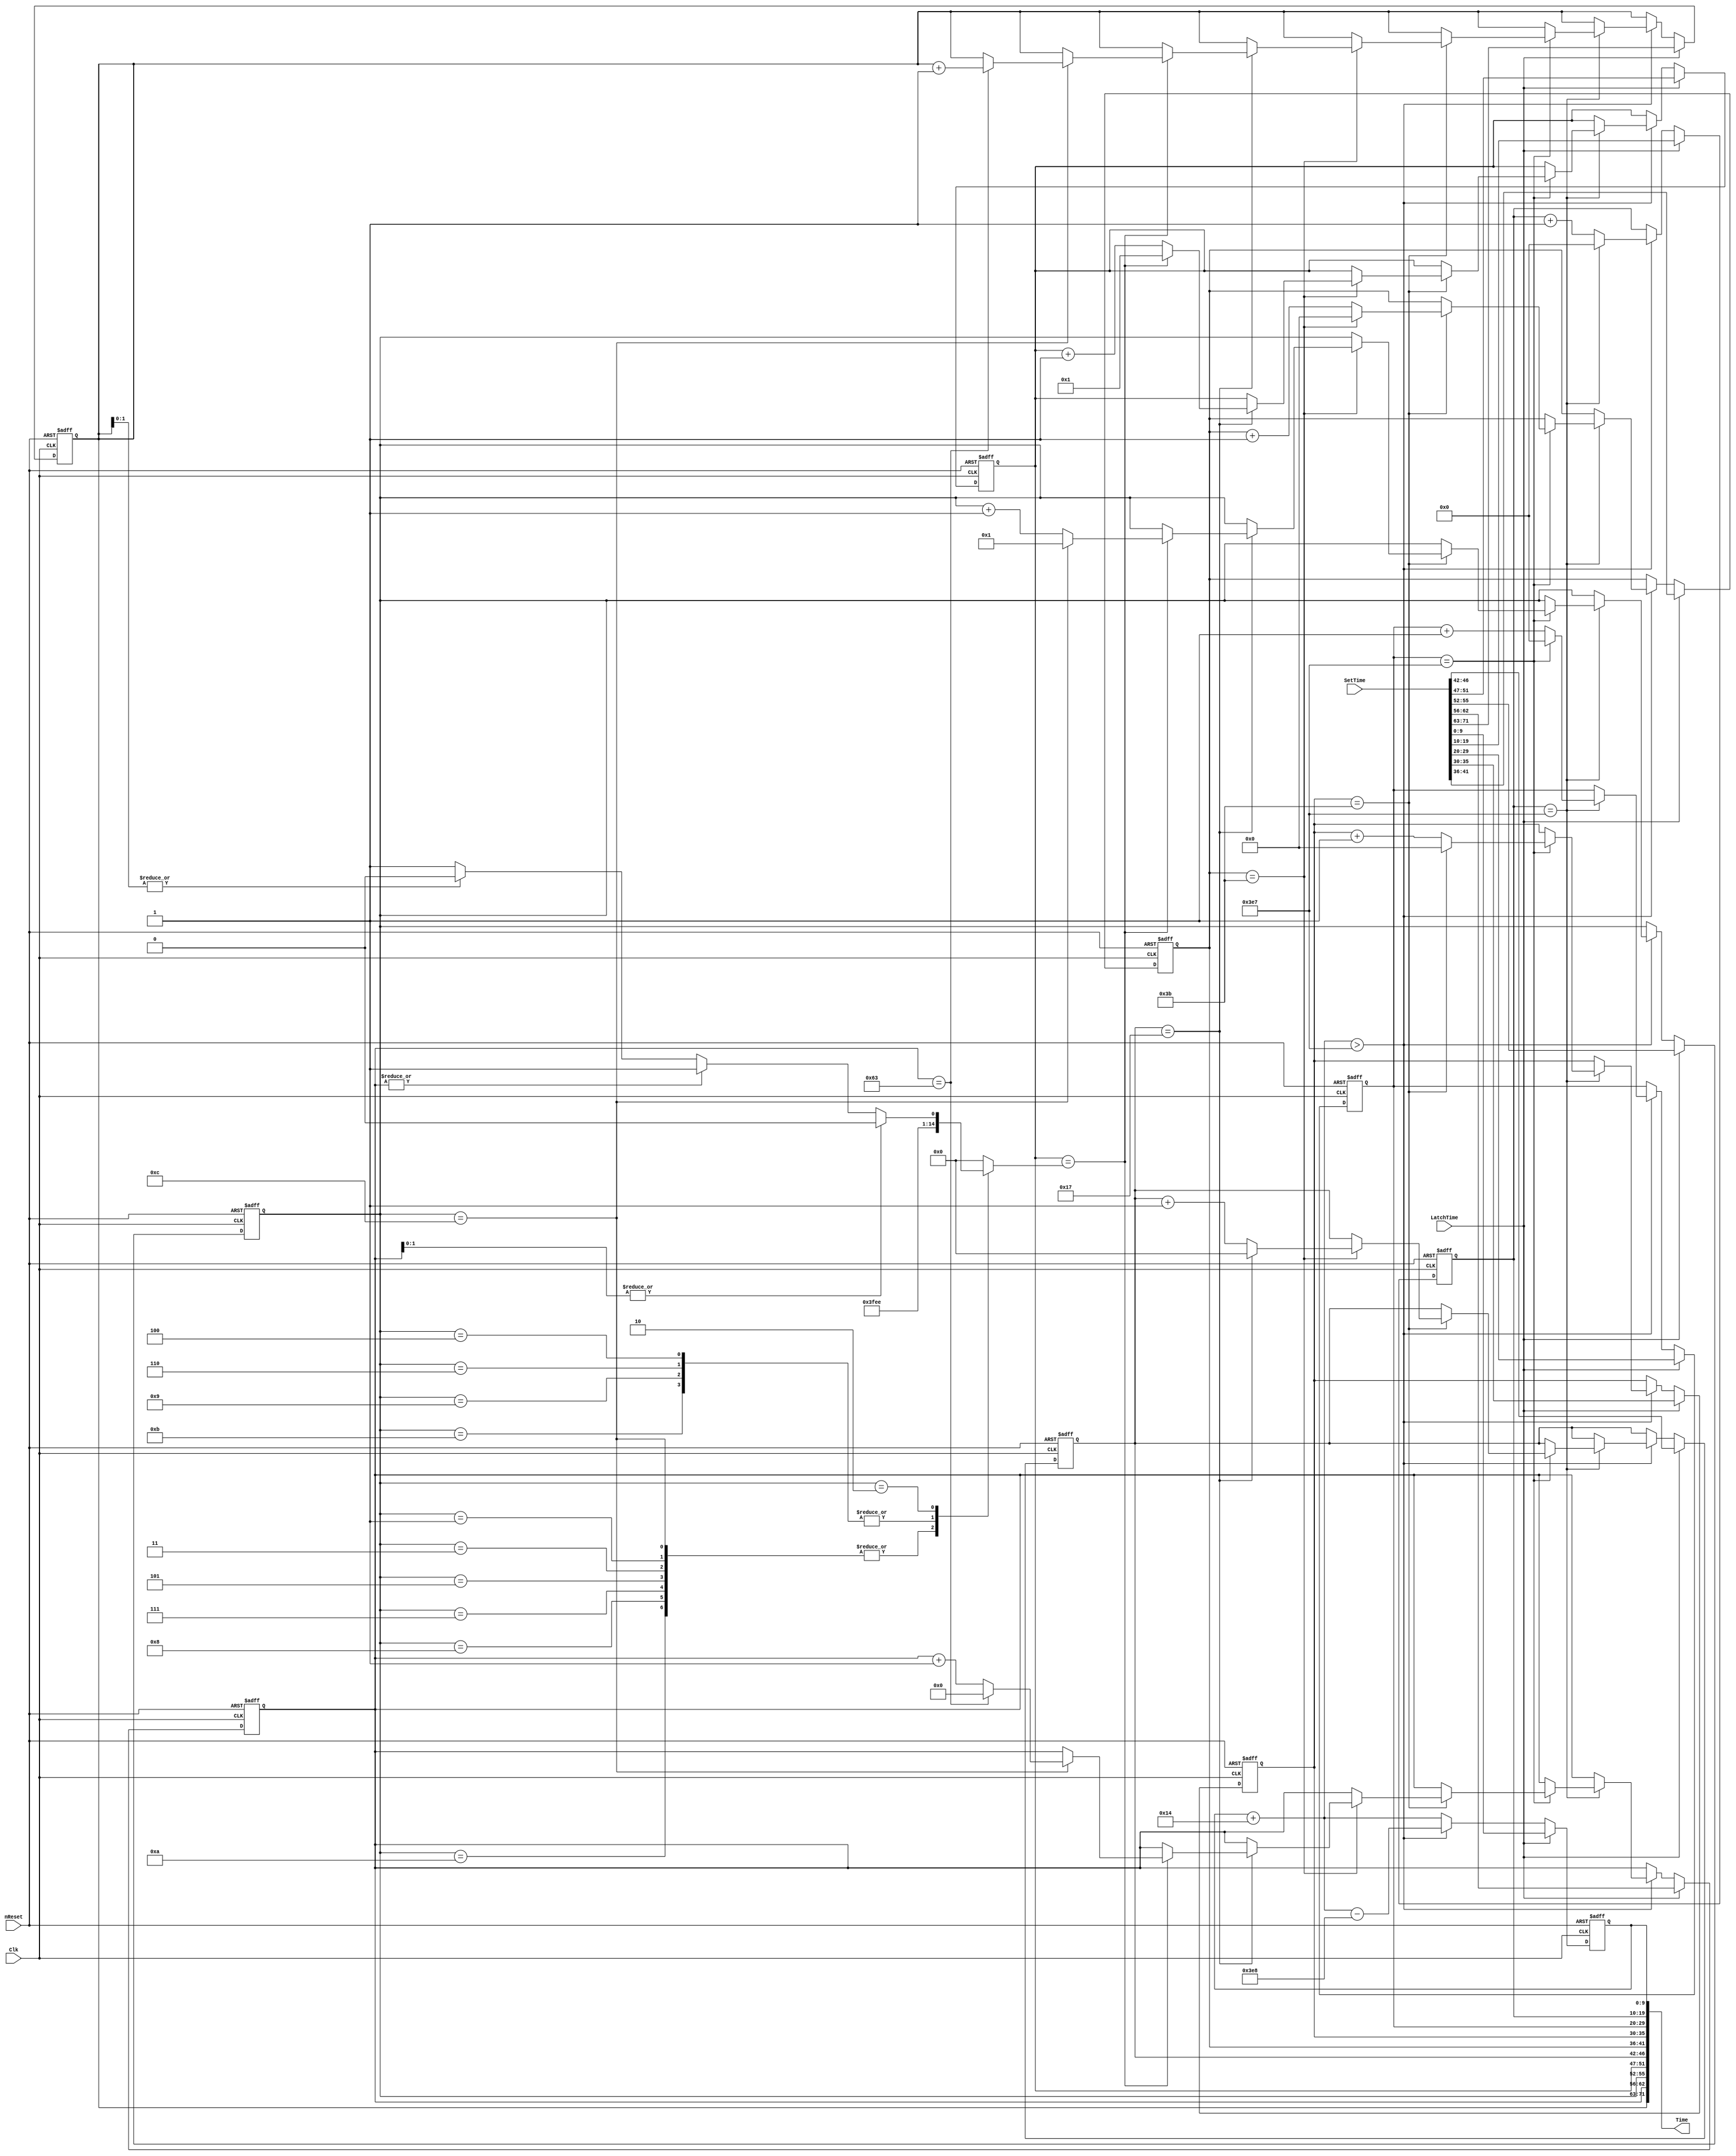
//==============================================================================
// Copyright (C) John-Philip Taylor
// jpt13653903@gmail.com
//
// This file is part of a library
//
// This file is free software: you can redistribute it and/or modify
// it under the terms of the GNU General Public License as published by
// the Free Software Foundation, either version 3 of the License, or
// (at your option) any later version.
// 
// This program is distributed in the hope that it will be useful,
// but WITHOUT ANY WARRANTY; without even the implied warranty of
// MERCHANTABILITY or FITNESS FOR A PARTICULAR PURPOSE.  See the
// GNU General Public License for more details.
// 
// You should have received a copy of the GNU General Public License
// along with this program.  If not, see <http://www.gnu.org/licenses/>
//==============================================================================

module RealTimeClock #(
  parameter inc = 5'd20 // 1/f_Clk * 1e9
)(
  input        nReset,
  input        Clk,
 
  output [71:0]Time, // century|year|month|day|hour|min|sec|ms|us|ns
                     //     9     7    4    5    5   6   6  10 10 10

  input  [71:0]SetTime,
  input        LatchTime
);
//------------------------------------------------------------------------------

  reg  [8:0]century;
  reg  [6:0]year;
  reg  [3:0]month;
  reg  [4:0]day;
  reg  [4:0]hour;
  reg  [5:0]minute;
  reg  [5:0]second;
  reg  [9:0]ms;
  reg  [9:0]us;
  reg  [9:0]ns;
//------------------------------------------------------------------------------

  wire [ 9:0]ns1;
 
  assign ns1 = ns + inc;
//------------------------------------------------------------------------------

  reg [4:0]DaysPerMonth;
 
  always @(month, year, century) begin
    case(month)
      4'd01,
      4'd03,
      4'd05,
      4'd07,
      4'd08,
      4'd10,
      4'd12: DaysPerMonth <= 5'd31;
   
      4'd04,
      4'd06,
      4'd09,
      4'd11: DaysPerMonth <= 5'd30;
   
      4'd02: begin
        if(|year[1:0]) begin // not divisible by 4
          DaysPerMonth <= 5'd28;
     
        end else if(|year) begin // not divisible by 100
          DaysPerMonth <= 5'd29;
    
        end else if(|century[1:0]) begin // not divisible by 400
          DaysPerMonth <= 5'd28;

        end else begin // divisible by 400
          DaysPerMonth <= 5'd29;
        end
      end
   
      default: DaysPerMonth <= 0;
    endcase
  end
//------------------------------------------------------------------------------

  always @(negedge nReset, posedge Clk) begin
    if(!nReset) begin
      century <= 9'd16;
      year    <= 0;
      month   <= 4'd1;
      day     <= 5'd1;
      hour    <= 0;
      minute  <= 0;
      second  <= 0;
      ms      <= 0;
      us      <= 0;
      ns      <= 0;
//------------------------------------------------------------------------------

    end else begin
      if(LatchTime) begin
        century <= SetTime[71:63];
        year    <= SetTime[62:56];
        month   <= SetTime[55:52];
        day     <= SetTime[51:47];
        hour    <= SetTime[46:42];
        minute  <= SetTime[41:36];
        second  <= SetTime[35:30];
        ms      <= SetTime[29:20];
        us      <= SetTime[19:10];
        ns      <= SetTime[ 9: 0];
//------------------------------------------------------------------------------
   
      end else begin
        if(ns1 > 10'd999) begin
          ns <= ns1 - 10'd1000;
          if(us == 10'd999) begin
            us <= 0;
            if(ms == 10'd999) begin
              ms <= 0;
              if(second == 6'd59) begin
                second <= 0;
                if(minute == 6'd59) begin
                  minute <= 0;
                  if(hour == 5'd23) begin
                    hour <= 0;
                    if(day == DaysPerMonth) begin
                      day <= 5'd1;
                      if(month == 4'd12) begin
                        month <= 4'd1;
                        if(year == 7'd99) begin
                          year    <= 0;
                          century <= century + 1'd1;
                        end else begin
                          year <= year + 1'd1;
                        end
                      end else begin
                        month <= month + 1'd1;
                      end
                    end else begin
                      day <= day + 1'd1;
                    end
                  end else begin
                    hour <= hour + 1'd1;
                  end
                end else begin
                  minute <= minute + 1'd1;
                end
              end else begin
                second <= second + 1'd1;
              end
            end else begin
              ms <= ms + 1'd1;
            end
          end else begin
            us <= us + 1'd1;
          end
        end else begin
          ns <= ns1;
        end
      end
    end
  end
//------------------------------------------------------------------------------
 
  assign Time = {century, year, month, day, hour, minute, second, ms, us, ns};
endmodule
//------------------------------------------------------------------------------